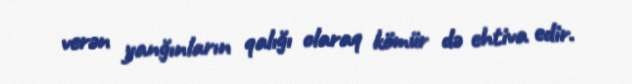
verən yanğınların qalığı olaraq kömür də ehtiva edir.